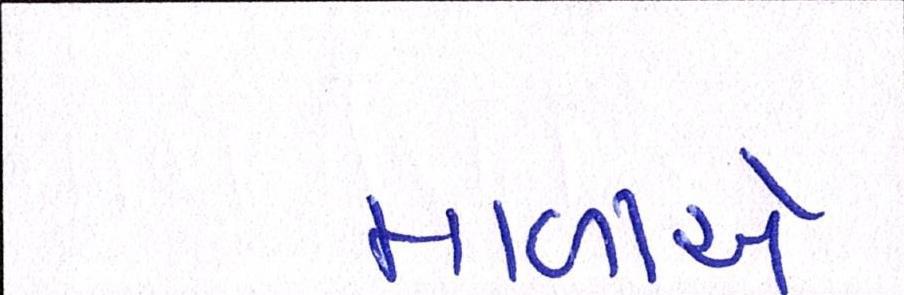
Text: માળીઓ